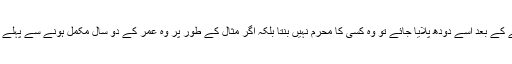
بچے کی عمر کے دو سال مکمل نہ ہوئے ہوں اور اگر اس کی عمر دو سال ہونے کے بعد اسے دودھ پلایا جائے تو وہ کسی کا محرم نہیں بنتا بلکہ اگر مثال کے طور پر وہ عمر کے دو سال مکمل ہونے سے پہلے آٹھ دفعہ اور اس کے بعد ساتھ دفعہ دودھ پیے تب بھی وہ کسی کا محرم نہیں بنتا۔